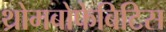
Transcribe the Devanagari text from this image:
थ्रोमबोफेबिटिस